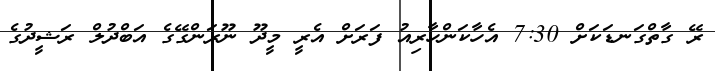
ރޭ ގާތްގަނޑަކަށް 7:30 އެހާކަންހާރިއު ފަރަށް އެރީ މީދޫ ނޫރަންގޭގެ އަބްދުލް ރަޝީދުގެ